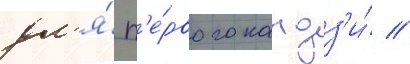
дл'я́ п'е́рвого кандз'и́ //